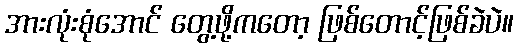
အားလုံးစုံအောင် တွေ့ဖို့ကတော့ ဖြစ်တောင့်ဖြစ်ခဲပဲ။